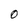
Character: O